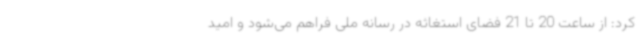
کرد: از ساعت 20 تا 21 فضای استغاثه در رسانه ملی فراهم می‌شود و امید